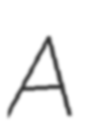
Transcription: A